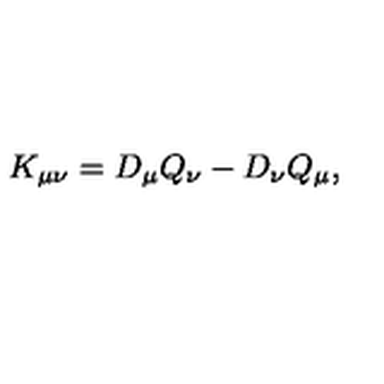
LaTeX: K _ { \mu \nu } = D _ { \mu } Q _ { \nu } - D _ { \nu } Q _ { \mu } ,